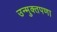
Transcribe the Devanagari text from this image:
उन्मुक्तपणा